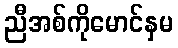
ညီအစ်ကိုမောင်နှမ